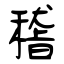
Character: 稽